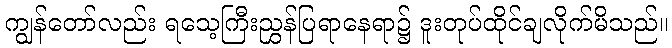
ကျွန်တော်လည်း ရသေ့ကြီးညွှန်ပြရာနေရာ၌ ဒူးတုပ်ထိုင်ချလိုက်မိသည်။